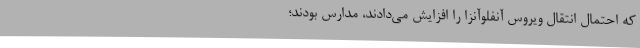
که احتمال انتقال ویروس آنفلوآنزا را افزایش می‌دادند، مدارس بودند؛